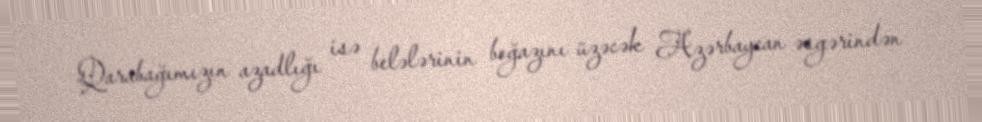
Qarabağımızın azadlığı isə belələrinin boğazını üzəcək Azərbaycan əsgərindən